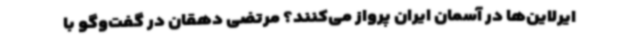
ایرلاین‌ها در آسمان ایران پرواز می‌کنند؟ مرتضی دهقان در گفت‌وگو با